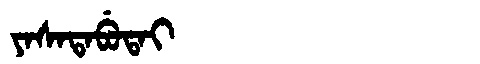
Manchu: ᠶᠠᠰᠠᡨᠠᠪᡠᡨᠠᡳ
Romanization: YASATABUTAI